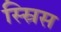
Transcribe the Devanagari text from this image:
स्स्रिस